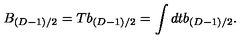
B _ { ( D - 1 ) / 2 } = T b _ { ( D - 1 ) / 2 } = \int d t b _ { ( D - 1 ) / 2 } .